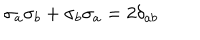
\sigma _ { a } \sigma _ { b } + \sigma _ { b } \sigma _ { a } = 2 \delta _ { a b }